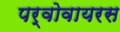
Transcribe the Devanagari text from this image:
पर्वोवायरस